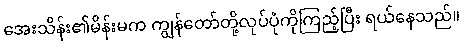
အေးသိန်း၏မိန်းမက ကျွန်တော်တို့လုပ်ပုံကိုကြည့်ပြီး ရယ်နေသည်။